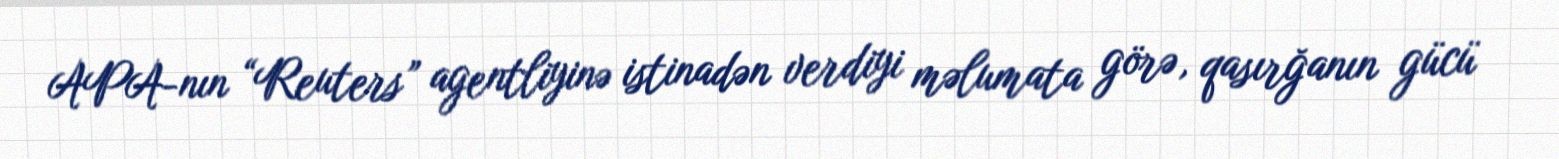
APA-nın “Reuters” agentliyinə istinadən verdiyi məlumata görə, qasırğanın gücü